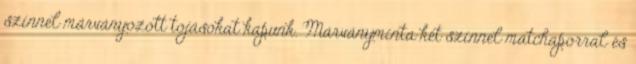
színnel márványozott tojásokat kapunk. Márványminta két színnel matchaporral és